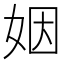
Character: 姻